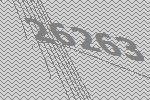
26263